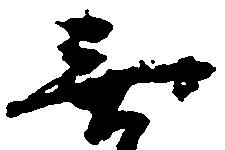
無